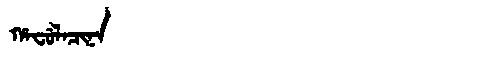
Manchu: ᡥᠠᠸᡠᠯᠠᠴᡳᠨᠠ
Romanization: HAFULACINA